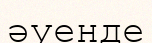
әуенде